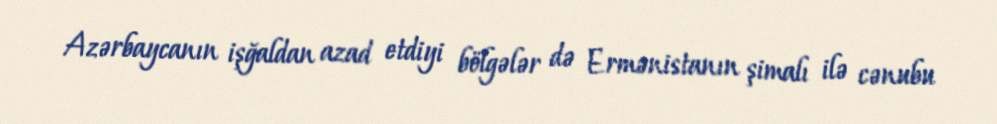
Azərbaycanın işğaldan azad etdiyi bölgələr də Ermənistanın şimalı ilə cənubu